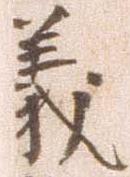
義